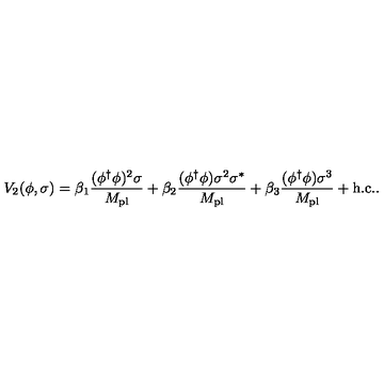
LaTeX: V _ { 2 } ( \phi , \sigma ) = \beta _ { 1 } \frac { ( \phi ^ { \dag } \phi ) ^ { 2 } \sigma } { M _ { \mathrm { p l } } } + \beta _ { 2 } \frac { ( \phi ^ { \dag } \phi ) \sigma ^ { 2 } \sigma ^ { \ast } } { M _ { \mathrm { p l } } } + \beta _ { 3 } \frac { ( \phi ^ { \dag } \phi ) \sigma ^ { 3 } } { M _ { \mathrm { p l } } } + \mathrm { { h . c . } . }